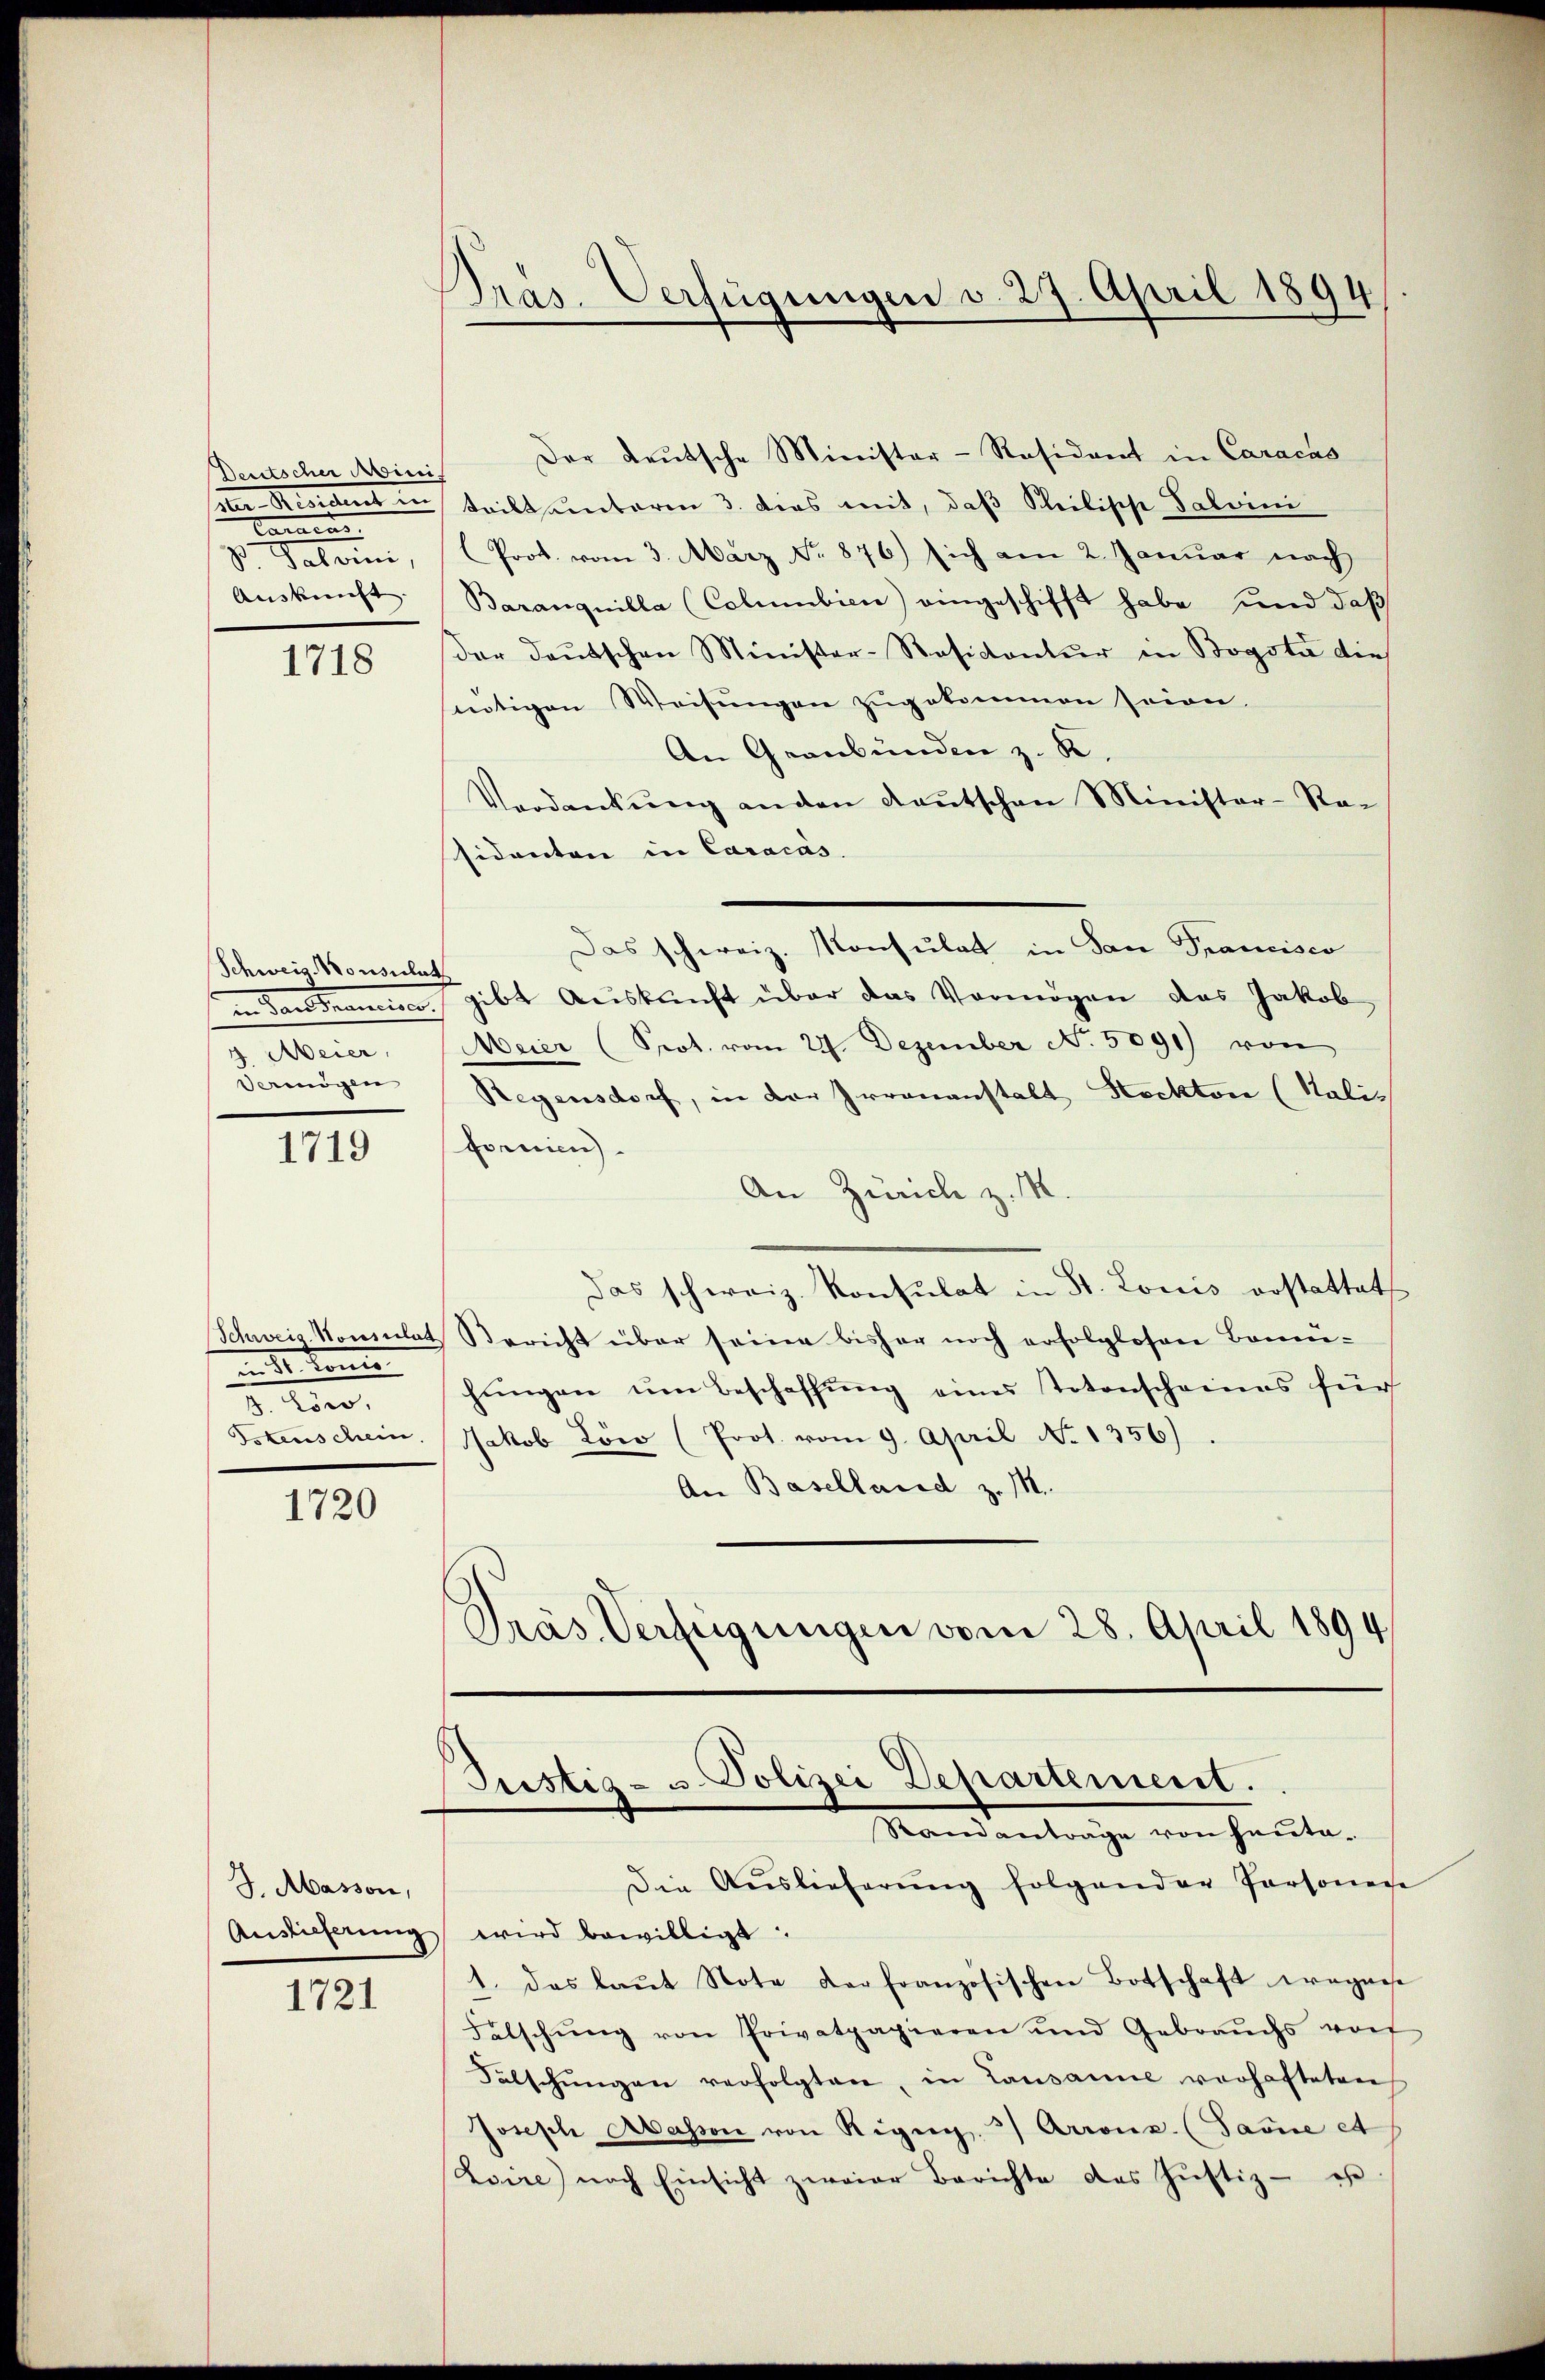
Deutscher Minis
dem Resident
s
ze gegen eine
Auskunft. |

1718

Schweiz. Konsulat
San Mannisc
4. Meier,
Vermögen

1719

Schweig-Nonsulat
midt kenn
er,
Tstenschein.

1720

J. Masson,
Auslieferung

1721

Pras. Verfügungen v. 27. April 1894

Der Leŭtsche Minister-Residant in Caracas
teilt unterm 3. dies mit, daß Steilische Talvini
(Prot. vom 3. März No. 876) sich am 2. Januar nach
Baranquilla (Columbien) eingeschifft habe und daß
der deŭtschen Minister-Rasicantŭr in Bogota die
nötigen Weisungen zugekommen seien.
An Graubünden z. R.
Verdankŭng anden Kaŭtschen Minister-Ra
sidenten in Caracas. |
Das schweiz. Konsulat in San Francisco
gibt Auskunft über das Vermögen das Jakob
Meier (Prot. vom 24. Dezember No. 5091) von
Regensdorf, in der Irrenanstalt Stockten (Salifornien
An Zürich z. M.
das schweiz. Konsulat in St. Louis erstattet
Bericht über seine bisher noch erfolglosen Bannhŭngen ŭm Beschaffŭng eines Totenscheines für
Jakob Lön (Prot. vom 9. April No 1356)
An Baselland z. 111.
Dräs Verfügungen vom 28. April 1894

Justiz- u. Polizei Departement.
Standanträge von heute.

Die Auslieferŭng folgender Personen
wird bewilligt.
1. das laŭt Note Karfranzösischen Botschaft wegense
Falschŭng von Privatpapieren und Gebraŭchs von
Fälschŭngen verfolgten, in Lausanne vorhafteten
Joseph Masson von Rigig, 3) Arronz. (Saue et
Zoire nach Einsicht zweier Berichte des Jŭstiz - es